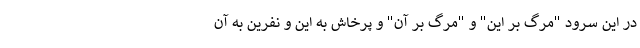
در این سرود "مرگ بر این" و "مرگ بر آن" و پرخاش به این و نفرین به آن